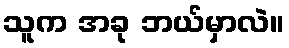
သူက အခု ဘယ်မှာလဲ။